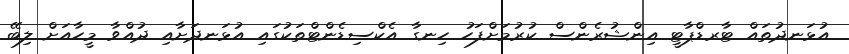
އުޅަނދުތައް ޓާރޑްޕާޓީ އިންޝުރެންސް ކުރުމަށްފަހު ހިނގާ އެކްސިޑެންޓްތަކުގައި އުޅަނދަށާއި ދުއްވާ މީހާއަށް ލިބޭ